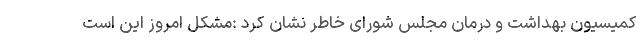
کمیسیون بهداشت و درمان مجلس شورای خاطر نشان کرد :مشکل امروز این است